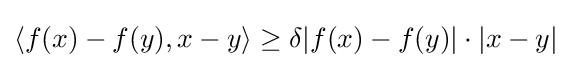
\langle f(x)-f(y),x-y\rangle \geq \delta |f(x)-f(y)|\cdot |x-y|